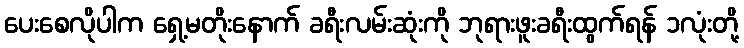
ပေးစေလိုပါက ရှေ့မတိုးနောက် ခရီးလမ်းဆုံးကို ဘုရားဖူးခရီးထွက်ရန် ၁လုံးတို့